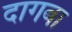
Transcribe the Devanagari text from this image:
दागबा